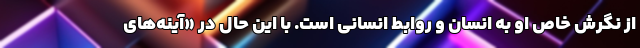
از نگرش خاص او به انسان و روابط انسانی است. با اين حال در «آينه‌های